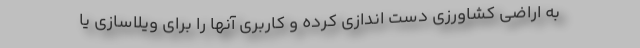
به اراضی کشاورزی دست اندازی کرده و کاربری آنها را برای ویلاسازی یا